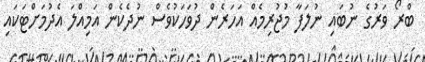
ބްރޯ ވަރުގެ ނުބައި ނުލަފާ މުޖުރިމެއް އަހަރެން ދުވަހަކުވެސް ނުދެކެން އަމިއްލަ އެދުމަށްޓަކައި